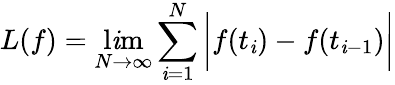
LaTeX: L(f)=\operatorname*{l\mathit{i}m}_{N\to\infty}\sum_{\mathit{i}=1}^{N}{\bigg|}f(t_{\mathit{i}})-f(t_{\mathit{i}-1}){\bigg|}